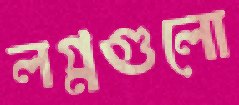
লগ্নগুলো